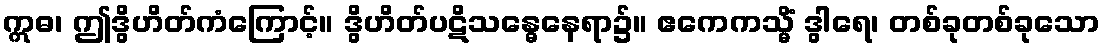
ဣဓ၊ ဤဒွိဟိတ်ကံကြောင့်။ ဒွိဟိတ်ပဋိသန္ဓေနေရာ၌။ ဧကေကသ္မိံ ဒွါရေ၊ တစ်ခုတစ်ခုသော